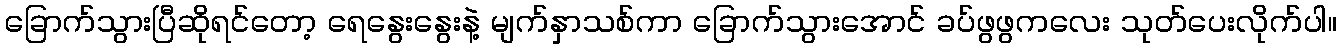
ခြောက်သွားပြီဆိုရင်တော့ ရေနွေးနွေးနဲ့ မျက်နှာသစ်ကာ ခြောက်သွားအောင် ခပ်ဖွဖွကလေး သုတ်ပေးလိုက်ပါ။